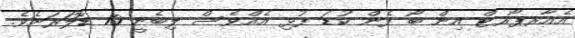
އެއާރޕޯރޓް އިން ބޯ ފެން ކުޑަ ފުޅި އެއްވެސް ލިބެނީ 10 ޑޮލަރަށެވެ.